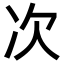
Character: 次